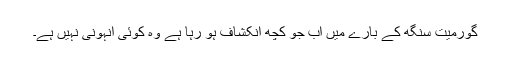
گورمیت سنگھ کے بارے میں اب جو کچھ انکشاف ہو رہا ہے وہ کوئی انہونی نہیں ہے۔